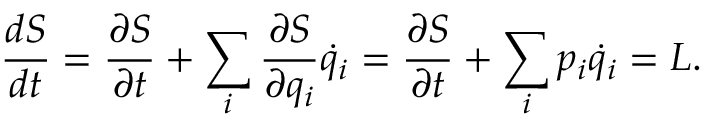
{ \frac { d S } { d t } } = { \frac { \partial S } { \partial t } } + \sum _ { i } { \frac { \partial S } { \partial q _ { i } } } { \dot { q } } _ { i } = { \frac { \partial S } { \partial t } } + \sum _ { i } p _ { i } { \dot { q } } _ { i } = L .